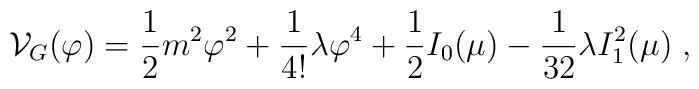
{\cal V}_G (\varphi)={\frac {1}{2}}m^2\varphi^2+{\frac {1}{4!}}\lambda     \varphi^4   +{\frac {1}{2}}I_0(\mu) -{\frac {1}{32}}\lambda I_1^2(\mu) \;,